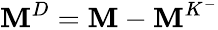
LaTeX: \mathbf{M}^{D}=\mathbf{M}-\mathbf{M}^{K^{-}}